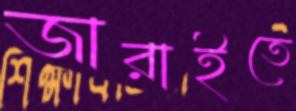
জারাইতে